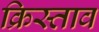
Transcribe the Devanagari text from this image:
क्रिस्ताव